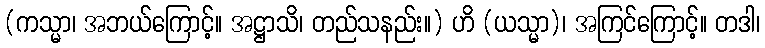
(ကသ္မာ၊ အဘယ်ကြောင့်။ အဋ္ဌာသိ၊ တည်သနည်း။) ဟိ (ယသ္မာ)၊ အကြင်ကြောင့်။ တဒါ၊